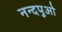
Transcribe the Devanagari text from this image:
नन्दपुओ